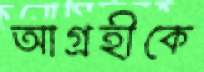
আগ্রহীকে